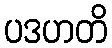
ပဒဟတိ